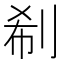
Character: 𠜗